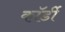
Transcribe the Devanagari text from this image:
कॉर्डी